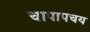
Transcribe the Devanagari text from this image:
चापापचय